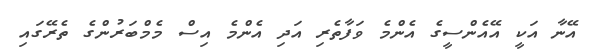
އޭނާ އަކީ އޭއެންސީގެ އެންމެ ވަފާތެރި އަދި އެންމެ އިސް މެމްބަރުންގެ ތެރޭގައި